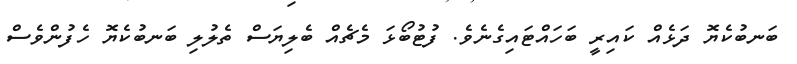
ބަނބުކެޔޮ ދަޅެއް ކައިރީ ބަހައްޓައިގެނެވެ. ފުޓުބޯޅަ މެޗެއް ބެލިޔަސް ތެލުލި ބަނބުކެޔޮ ހެފުންވެސް